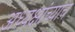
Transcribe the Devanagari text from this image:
अध्यक्षांच्याच